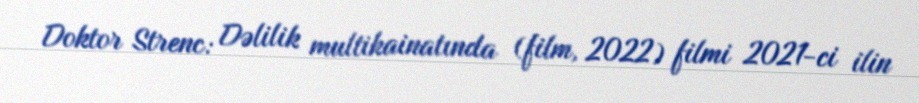
Doktor Strenc: Dəlilik multikainatında (film, 2022) filmi 2021-ci ilin